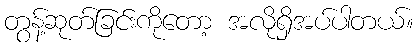
တွန့်ဆုတ်ခြင်းကိုတော့ အလိုရှိအပ်ပါတယ်။